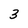
Character: 3